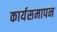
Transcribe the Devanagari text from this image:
कार्यसमापन